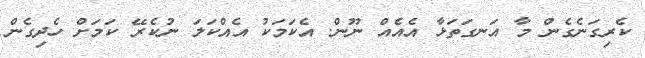
ކެރިގަނެގެން މާ އަނގަތަޅާ އެއެއް ނޫން. އެކަމަކު އެއްކަލަ ނުކެރޭ ކަމަށް ހެދިގެން